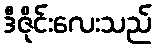
ဒီဇိုင်းလေးသည်